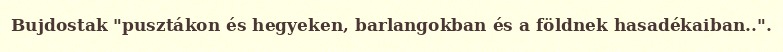
Bujdostak "pusztákon és hegyeken, barlangokban és a földnek hasadékaiban..".